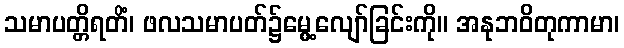
သမာပတ္တိရတိံ၊ ဖလသမာပတ်၌မွေ့လျော်ခြင်းကို။ အနုဘဝိတုကာမာ၊